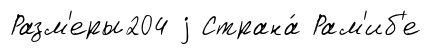
Разм'еры204 j Страна́ Рам'иб'е